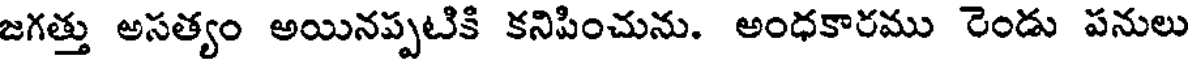
జగత్తు అసత్యం అయినప్పటికి కనిపించును. అంధకారము రెండు పనులు